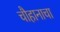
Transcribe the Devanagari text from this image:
चौहानाचा